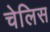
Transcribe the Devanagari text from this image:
चेलिस